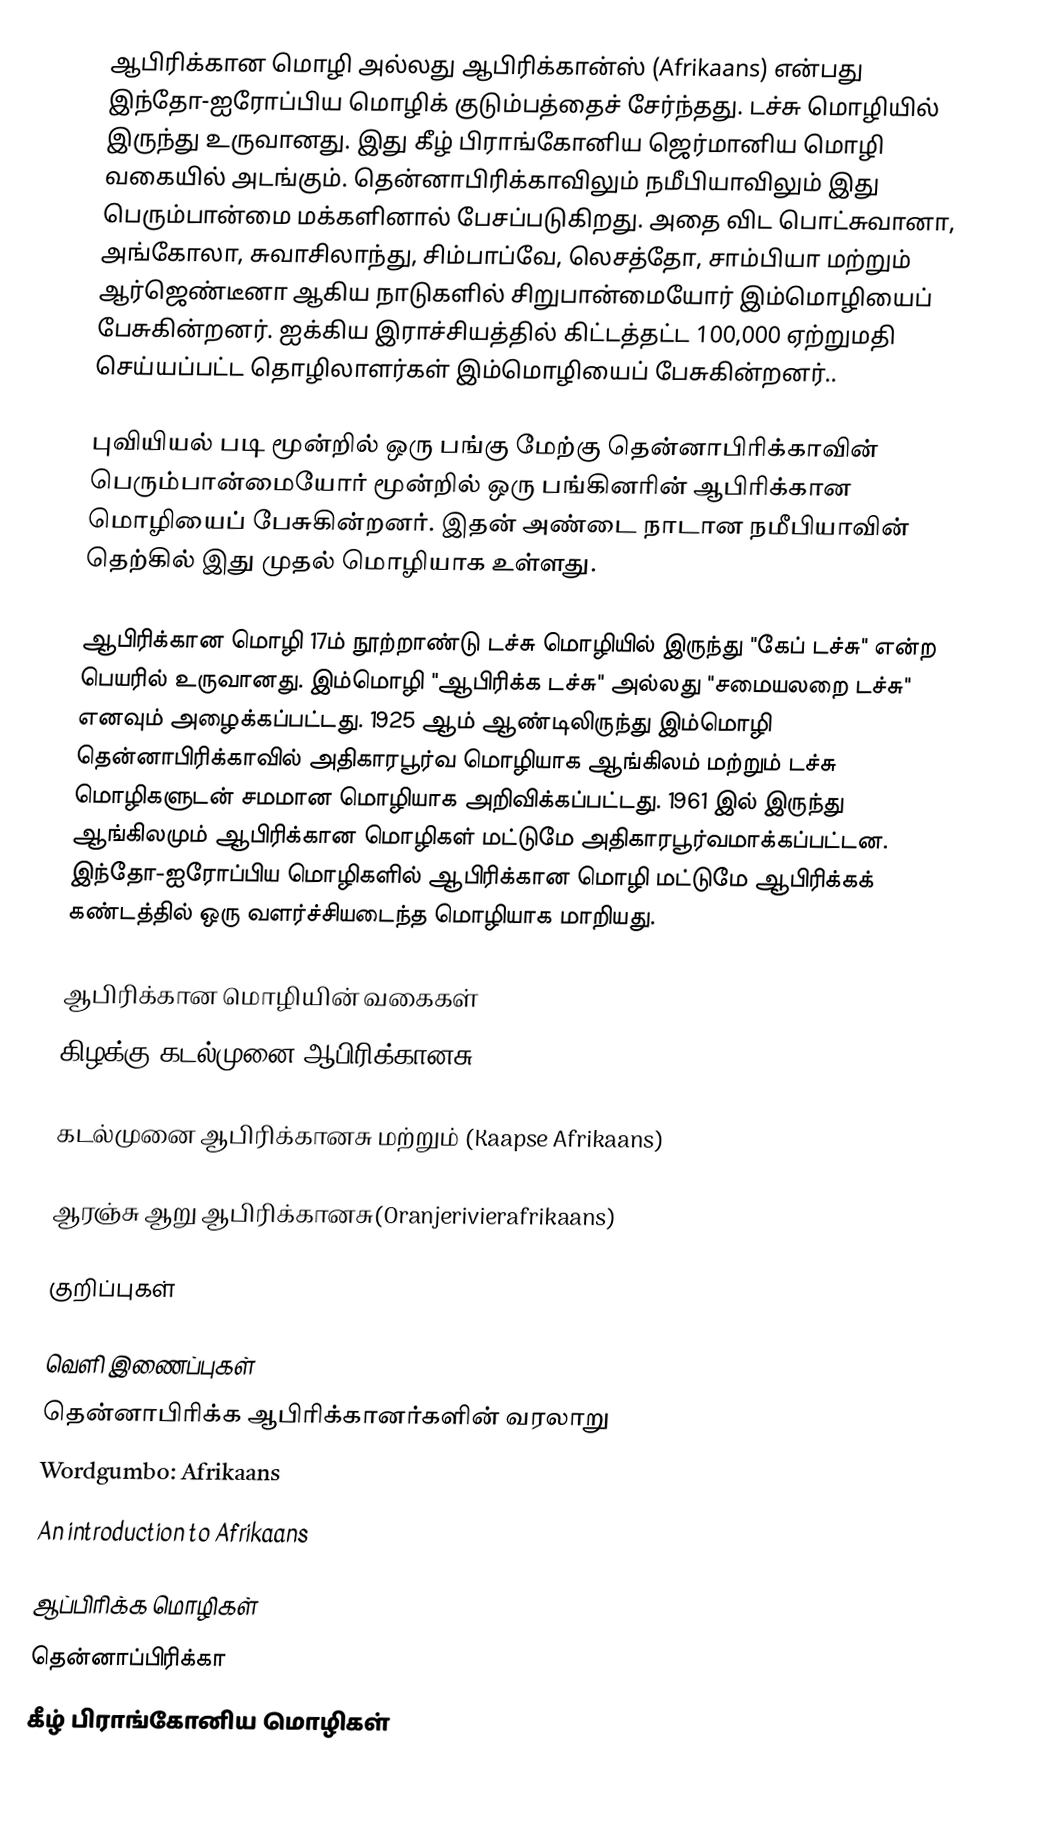
ஆபிரிக்கான மொழி அல்லது ஆபிரிக்கான்ஸ் (Afrikaans) என்பது இந்தோ-ஐரோப்பிய மொழிக் குடும்பத்தைச் சேர்ந்தது. டச்சு மொழியில் இருந்து உருவானது. இது கீழ் பிராங்கோனிய ஜெர்மானிய மொழி வகையில் அடங்கும். தென்னாபிரிக்காவிலும் நமீபியாவிலும் இது பெரும்பான்மை மக்களினால் பேசப்படுகிறது. அதை விட பொட்சுவானா, அங்கோலா, சுவாசிலாந்து, சிம்பாப்வே, லெசத்தோ, சாம்பியா மற்றும் ஆர்ஜெண்டீனா ஆகிய நாடுகளில் சிறுபான்மையோர் இம்மொழியைப் பேசுகின்றனர். ஐக்கிய இராச்சியத்தில் கிட்டத்தட்ட 100,000 ஏற்றுமதி செய்யப்பட்ட தொழிலாளர்கள் இம்மொழியைப் பேசுகின்றனர்..

புவியியல் படி மூன்றில் ஒரு பங்கு மேற்கு தென்னாபிரிக்காவின் பெரும்பான்மையோர் மூன்றில் ஒரு பங்கினரின் ஆபிரிக்கான மொழியைப் பேசுகின்றனர். இதன் அண்டை நாடான நமீபியாவின் தெற்கில் இது முதல் மொழியாக உள்ளது.

ஆபிரிக்கான மொழி 17ம் நூற்றாண்டு டச்சு மொழியில் இருந்து "கேப் டச்சு" என்ற பெயரில் உருவானது. இம்மொழி "ஆபிரிக்க டச்சு" அல்லது "சமையலறை டச்சு" எனவும் அழைக்கப்பட்டது. 1925 ஆம் ஆண்டிலிருந்து இம்மொழி தென்னாபிரிக்காவில் அதிகாரபூர்வ மொழியாக ஆங்கிலம் மற்றும் டச்சு மொழிகளுடன் சமமான மொழியாக அறிவிக்கப்பட்டது. 1961 இல் இருந்து ஆங்கிலமும் ஆபிரிக்கான மொழிகள் மட்டுமே அதிகாரபூர்வமாக்கப்பட்டன. இந்தோ-ஐரோப்பிய மொழிகளில் ஆபிரிக்கான மொழி மட்டுமே ஆபிரிக்கக் கண்டத்தில் ஒரு வளர்ச்சியடைந்த மொழியாக மாறியது.

ஆபிரிக்கான மொழியின் வகைகள்
கிழக்கு கடல்முனை ஆபிரிக்கானசு(Oosgrensafrikaans)

கடல்முனை ஆபிரிக்கானசு மற்றும் (Kaapse Afrikaans)

ஆரஞ்சு ஆறு ஆபிரிக்கானசு(Oranjerivierafrikaans)

குறிப்புகள்

வெளி இணைப்புகள்
 தென்னாபிரிக்க ஆபிரிக்கானர்களின் வரலாறு
 Wordgumbo: Afrikaans
 An introduction to Afrikaans

ஆப்பிரிக்க மொழிகள்
தென்னாப்பிரிக்கா
கீழ் பிராங்கோனிய மொழிகள்